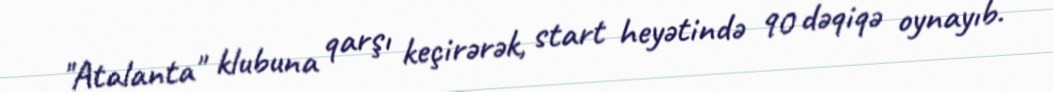
"Atalanta" klubuna qarşı keçirərək, start heyətində 90 dəqiqə oynayıb.